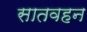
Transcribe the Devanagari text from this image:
सातवहन